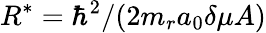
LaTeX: R^{*}=\hbar^{2}/(2m_{r}a_{0}\delta\mu A)